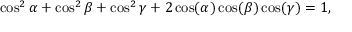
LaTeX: \cos ^ { 2 } \alpha + \cos ^ { 2 } \beta + \cos ^ { 2 } \gamma + 2 \cos ( \alpha ) \cos ( \beta ) \cos ( \gamma ) = 1 ,